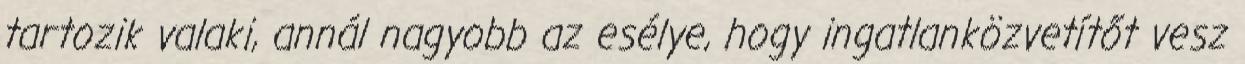
tartozik valaki, annál nagyobb az esélye, hogy ingatlanközvetítőt vesz